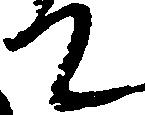
て